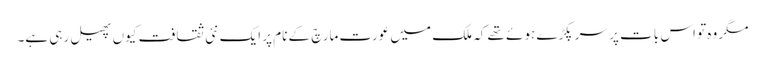
مگر وہ تو اس بات پر سر پکڑے ہوئے تھے کہ ملک میں عورت مارچ کے نام پر ایک نئی ثقافت کیوں پھیل رہی ہے۔